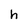
Character: h